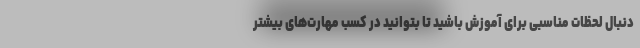
دنبال لحظات مناسبی برای آموزش باشید تا بتوانید در کسب مهارت‌های بیشتر